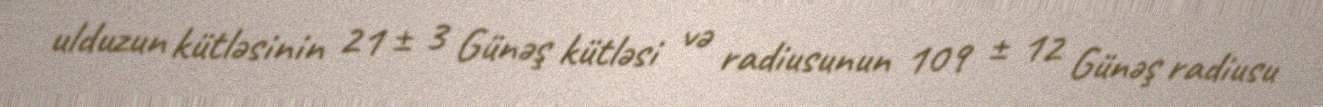
ulduzun kütləsinin 21 ± 3 Günəş kütləsi və radiusunun 109 ± 12 Günəş radiusu